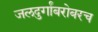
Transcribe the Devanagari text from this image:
जलदुर्गांबरोबरच